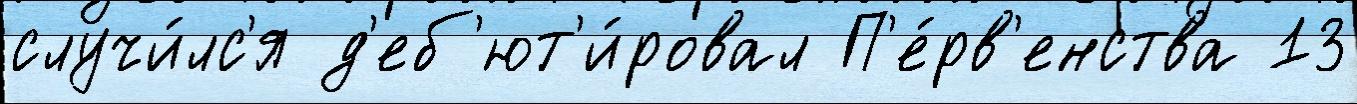
случи́лс'я д'еб'ют'и́ровал П'е́рв'енства 13